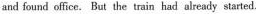
and found office. Bat the train had already started.